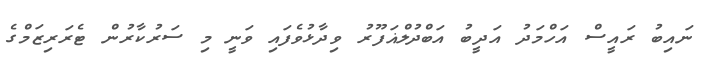
ނައިބު ރައީސް އަހްމަދު އަދީބު އަބްދުލްޣަފޫރު ވިދާޅުވެފައި ވަނީ މި ސަރުކާރުން ޓެރަރިޒަމްގެ